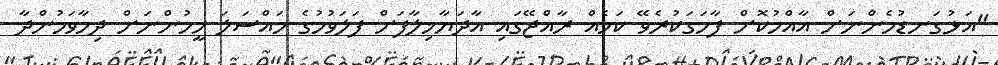
"އަޅުގަނޑުމެންނަށް އާއްމުކޮށް ފާހަގަކުރެވޭ ކަމެއް ރާއްޖޭގައި އާދަޔާޚިލާފަށް ފަލަވުމުގެ މައްސަލަ މީހުންނަށް ދިމާވަމުންދާ